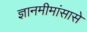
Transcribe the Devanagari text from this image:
ज्ञानमीमांसासे